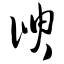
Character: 谀